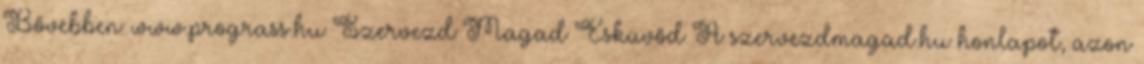
Bővebben: www.prograss.hu Szervezd Magad Esküvőd A szervezdmagad.hu honlapot, azon